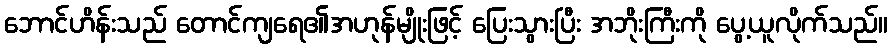
ဘောင်ဟိန်းသည် တောင်ကျရေ၏အဟုန်မျိုးဖြင့် ပြေးသွားပြီး အဘိုးကြီးကို ပွေ့ယူလိုက်သည်။